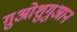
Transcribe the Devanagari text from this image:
ग़ुओशुगुआन